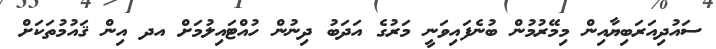
ސައުދިއަރަބިޔާއިން މިމޭރުމުން ބުނެފައިވަނީ މަރުގެ އަދަބު ދިނުން ހުއްޓައިލުމަށް އދ އިން ޤައުމުތަކަށް